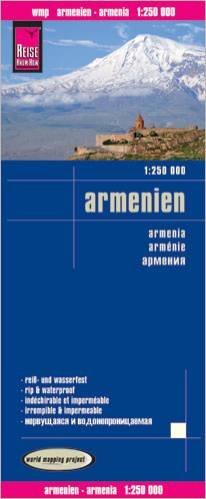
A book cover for Armenia & Nagorno Karabakh 1:250,000 Travel Map, waterproof, GPS-compatible REISE; Reise Knowhow; Travel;